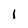
Character: l